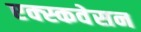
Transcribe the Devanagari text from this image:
एक्स्कवेसन